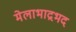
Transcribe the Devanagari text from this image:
मेलाभाद्रभद